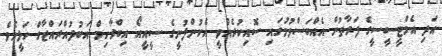
އަދި އެމްޓީސީސީގެ ފަރާތުން އެއްބަސްވުމުގައި ސޮއިކުރެއްވީ އެކުންފުނީގެ ސީއީއޯ އިބްރާހިމް އަބުދުއްރައްޒާގް ހަލީމެވެ.